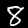
Digit: 8